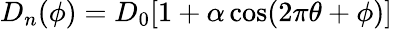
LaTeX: D_{n}(\phi)=D_{0}[1+\alpha\cos(2\pi\theta+\phi)]